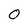
Character: 0